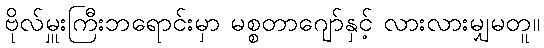
ဗိုလ်မှူးကြီးဘရောင်းမှာ မစ္စတာဂျော်နှင့် လားလားမျှမတူ။